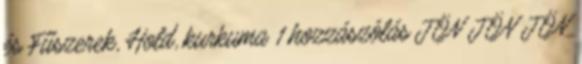
és Fűszerek, Hold, kurkuma 1 hozzászólás JÖN JÖN JÖN